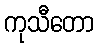
ကုသီတော